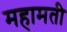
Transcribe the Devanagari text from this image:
महामती